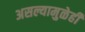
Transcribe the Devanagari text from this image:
असल्यामुळेही